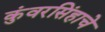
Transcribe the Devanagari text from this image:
कुंवरसिंहाचे